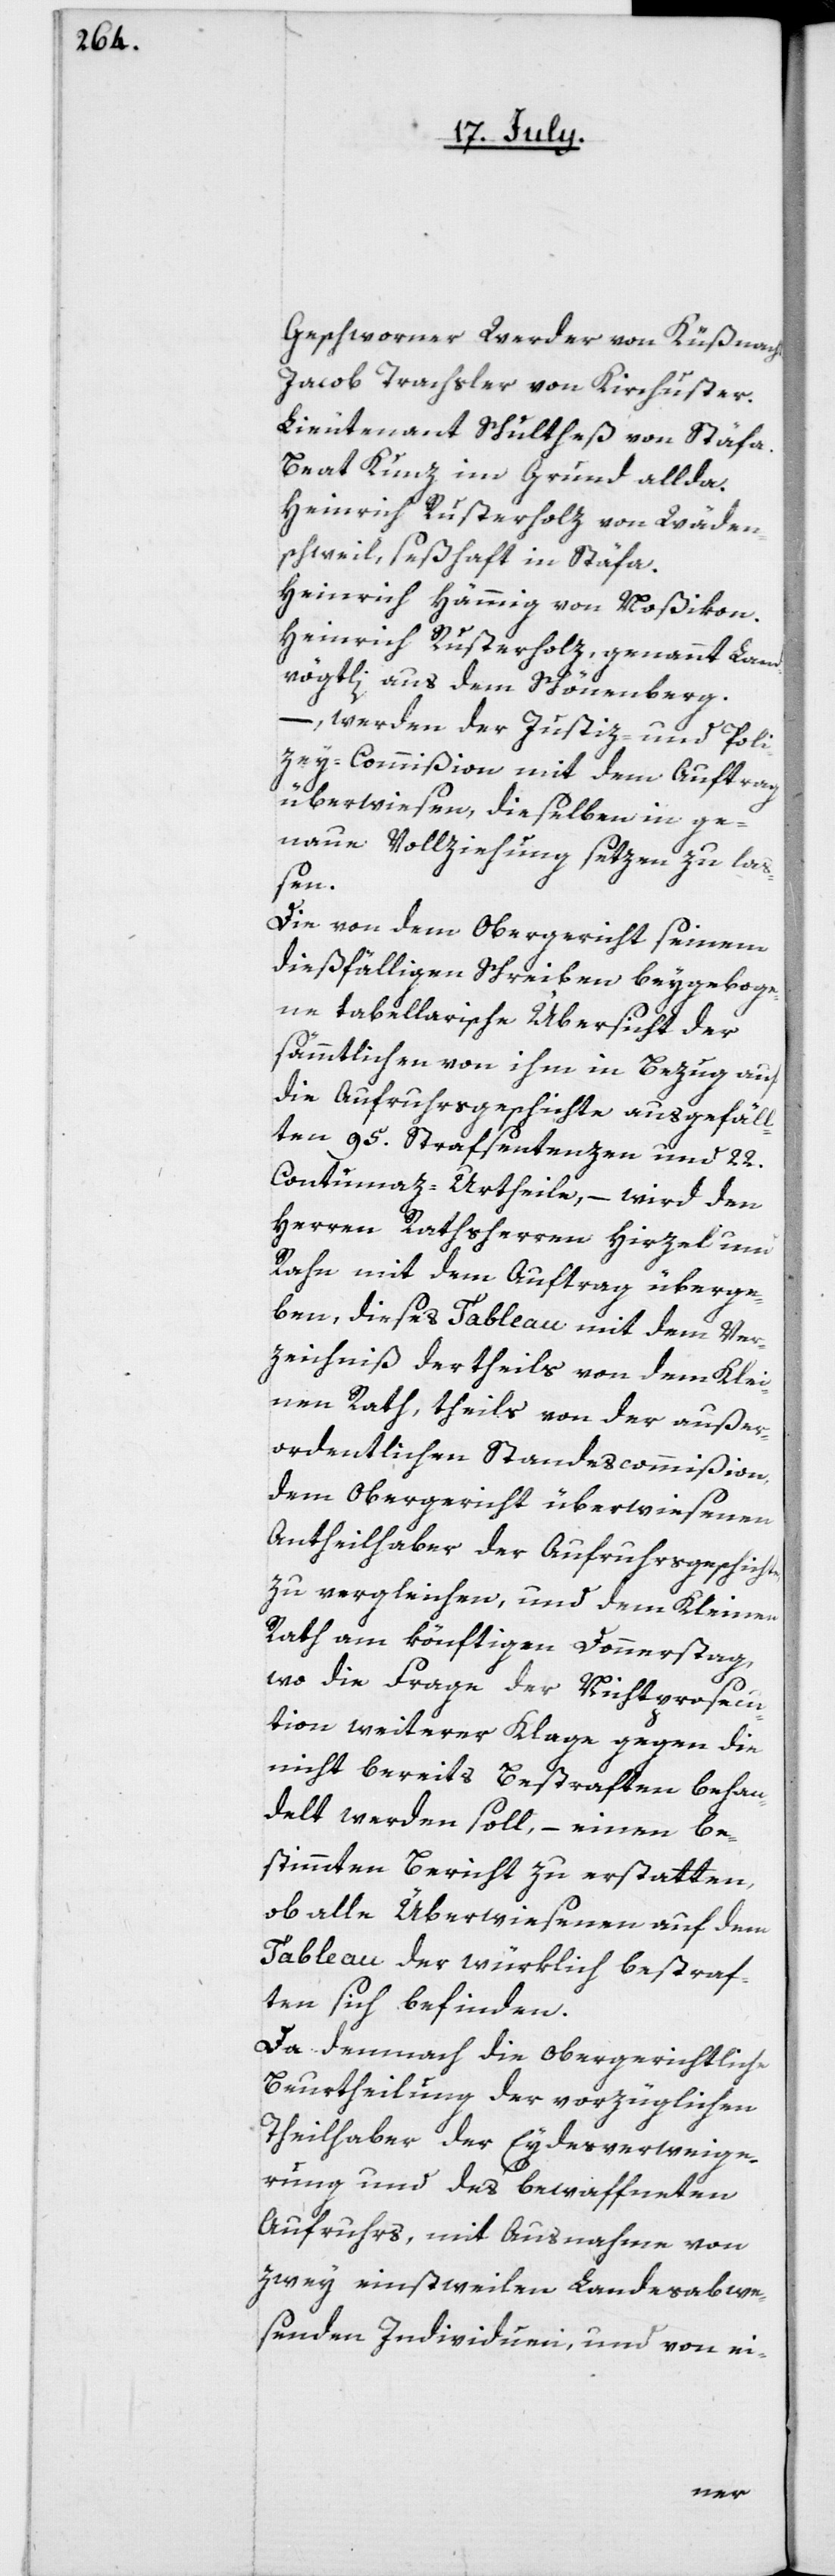
Geschworener Werder von Küßnacht.
Jacob Trachsler von Kirchuster.
Lieutenant Schultheß von Stäfa.
Beat Kunz, im Grund allda.
Heinrich Rusterholz von Wäden¬
schweil, seßhaft in Stäfa.
Heinrich Hämmig von Noßikon.
Heinrich Rusterholz, genannt Land¬
vögtli, aus dem Schönenberg.
–, werden der Justiz- und Poli¬
zey-Commißion mit dem Auftrag
überwiesen, dieselben in ge¬
naue Vollziehung setzen zu la¬
ßen.
Die von dem Obergericht seinem
tabellarischen Übersicht der
sämmtlichen von ihm in Bezug auf
die Aufruhrsgeschichte ausgefäll¬
ten 95. Strafsentenzen und 22.
Contumaz-Urtheile, – wird den
Herren Rathsherren Hirzel und
Rahn mit dem Auftrag überge¬
ben, dieses Tableau mit dem Ver¬
zeichniß der theils von dem Klei¬
nen Rath, theils von der außer¬
ordentlichen Standescommißion,
dem Obergericht überwiesenen
Antheilhaber der Aufruhrsgeschichte,
zu vergleichen, und dem Kleinen
Rath am könftigen Donnerstag,
wo die Frage der Nichtprosecu¬
tion weiterer Klage gegen die
nicht bereits Bestraften behan¬
delt werden soll, – einen be¬
stimmten Bericht zu erstatten,
ob alle Überwiesenen auf dem
Tableau der würklich bestraf¬
ten sich befinden.
Da demnach die obergerichtliche
Beurtheilung der vorzüglichen
Theilhaber der Eydesverweige¬
rung und des bewaffneten
Aufruhrs, mit Ausnahme von
zwey einstweilen Landesabwe¬
senden Individuen, und von ei-